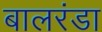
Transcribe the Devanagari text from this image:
बालरंडा